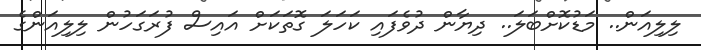
ލިލިއަން.. މަޑުކޮށްބަލަ.. ދިޔާން ދުވެފައި ކަހަލަ ގޮތަކަށް އައިސް ފުރަގަހުން ލިލިއަންގެ